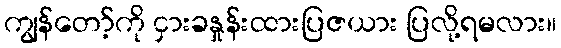
ကျွန်တော့်ကို ငှားခနှုန်းထားပြဇယား ပြလို့ရမလား။